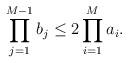
LaTeX: \begin{align*}\prod\limits_{j=1}^{M-1} b_j \leq 2\prod\limits_{i=1}^M a_i .\end{align*}